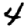
Digit: 4